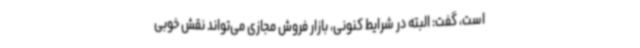
است، گفت: البته در شرایط کنونی، بازار فروش مجازی می‌تواند نقش خوبی